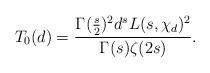
LaTeX: \begin{align*}T_0(d) = \frac{\Gamma(\frac s2)^2 d^s L(s,\chi_d)^2}{\Gamma(s)\zeta(2s)}.\end{align*}